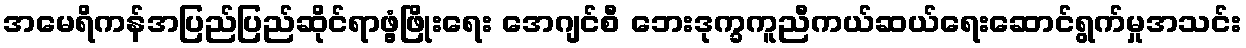
အမေရိကန်အပြည်ပြည်ဆိုင်ရာဖွံ့ဖြိုးရေး အေဂျင်စီ ဘေးဒုက္ခကူညီကယ်ဆယ်ရေးဆောင်ရွက်မှုအသင်း